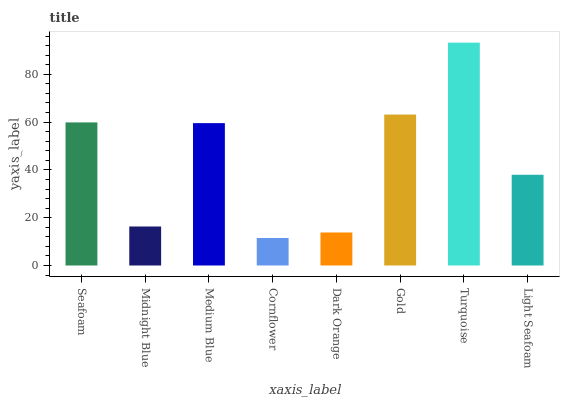
| xaxis_label | bars |
 | --- | --- |
 | Seafoam | 59.9 |
 | Midnight Blue | 16.3 |
 | Medium Blue | 59.6 |
 | Cornflower | 11.5 |
 | Dark Orange | 13.8 |
 | Gold | 63.2 |
 | Turquoise | 93.2 |
 | Light Seafoam | 38 |